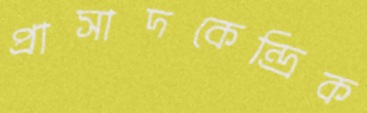
প্রাসাদকেন্দ্রিক